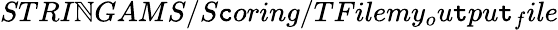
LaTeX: STRI\mathbb{N}GAMS/S\mathtt{c}oring/TFilemy_{o}u\mathtt{t}pu\mathtt{t}_{f}ile